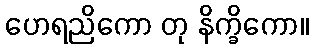
ဟေရညိကော တု နိက္ခိကော။